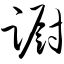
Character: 蹰